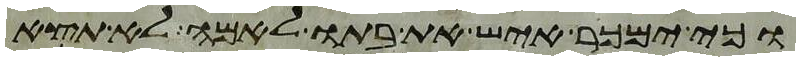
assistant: וכי ימכר איש את בתו לאמה לא תצא